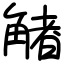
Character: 觰